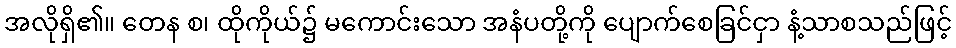
အလိုရှိ၏။ တေန စ၊ ထိုကိုယ်၌ မကောင်းသော အနံပတို့ကို ပျောက်စေခြင်ငှာ နံ့သာစသည်ဖြင့်